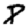
Digit: 8